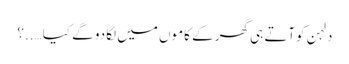
دلہن کوآتے ہی گھر کے کاموں میں لگا دو گے کیا…..؟